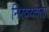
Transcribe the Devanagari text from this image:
निरवयवता